Annual report of the Central Committee of the Association together with the report of the directors of the Pasteur Institute at Kasauli
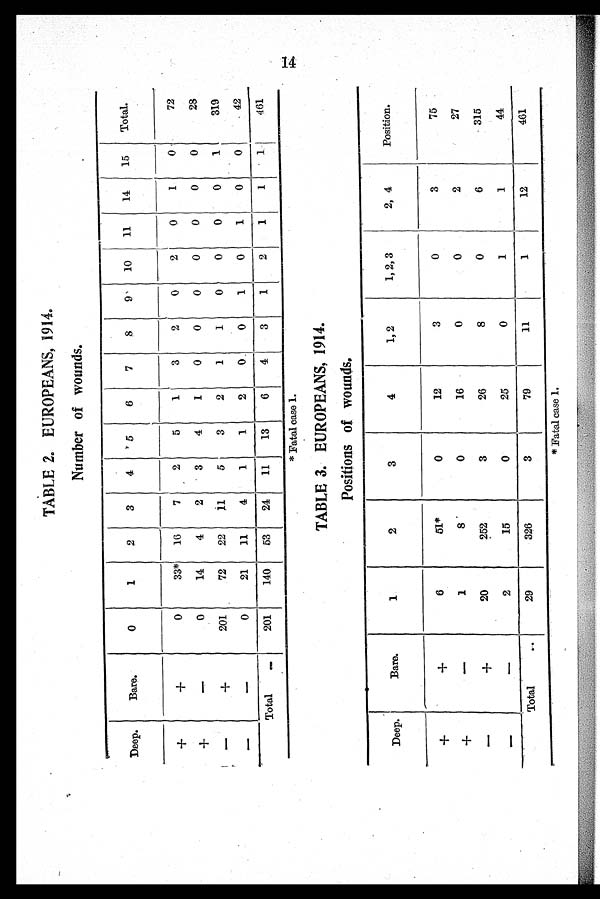
TABLE 2. EUROPEANS, 1914.
Number of wounds.
Deep.
Bare.
0
1
2
3
4
5
6
7
8
9
10
11
14
15
Total.
+
+
0
33*
16
7
2
5
1
3
2
0
2
0
1
0
72
+
–
0
14
4
2
3
4
1
0
0
0
0
0
0
0
28
–
+
201
72
22
11
5
3
2
1
1
0
0
0
0
1
319
–
–
0
21
11
4
1
1
2
0 0
1
0
1
0
0
42
Total
–
201
140
53 124
11
13
6
4
3
1
2
1
1
1
1 i 4 6 1
* Fatal case 1.
TABLE 3. EUROPEANS, 1914.
Positions of wounds.
Deep.
Bare.
1
2
3
4
1, 2
1, 2, 3
2, 4
Position.
+
+
6
51*
0
12
3
0
3
75
+
– 1
8
0
16
0
0
2
27
–
+
20
252
3
26
8
0
6
315
–
– 2
15
0
25
0
1
1
44
Total
..
29
326
3
79
11
1
12
461
. .